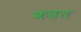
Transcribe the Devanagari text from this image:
कढ़त